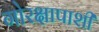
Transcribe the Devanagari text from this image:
गोरक्षापाशी